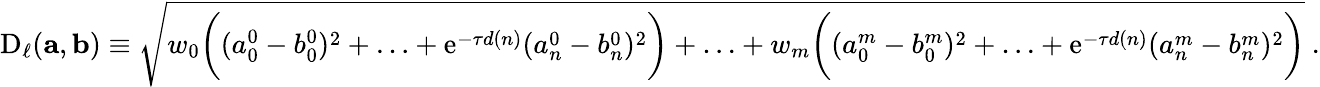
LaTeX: \begin{array}{r}{\mathrm{D}_{\ell}(\mathbf{a},\mathbf{b})\equiv\sqrt{w_{0}\biggl((a_{0}^{0}-b_{0}^{0})^{2}+\ldots+\mathrm{e}^{-\tau d(n)}(a_{n}^{0}-b_{n}^{0})^{2}\biggr)+\ldots+w_{m}\biggl((a_{0}^{m}-b_{0}^{m})^{2}+\ldots+\mathrm{e}^{-\tau d(n)}(a_{n}^{m}-b_{n}^{m})^{2}\biggr)}~.}\end{array}